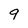
Character: 9